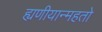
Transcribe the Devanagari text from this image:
ह्यणीयान्महतो